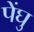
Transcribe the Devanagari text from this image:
पेंघु